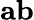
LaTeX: \mathbf a\mathbf b